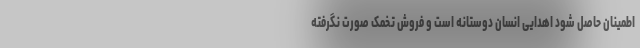
اطمینان حاصل شود اهدایی انسان دوستانه است و فروش تخمک صورت نگرفته